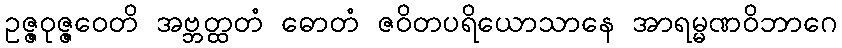
ဥဇ္ဇဝုဇ္ဇဝေတိ အဗ္ဘတ္ထတံ ဓောတံ ဇဝိတပရိယောသာနေ အာရမ္မဏဝိဘာဂေ